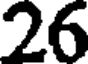
26